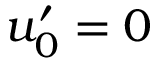
u _ { 0 } ^ { \prime } = 0